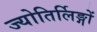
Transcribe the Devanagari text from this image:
ज्योतिर्लिङ्गों